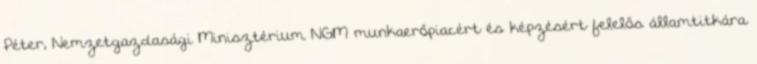
Péter, Nemzetgazdasági Minisztérium NGM munkaerőpiacért és képzésért felelős államtitkára